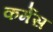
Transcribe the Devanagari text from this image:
कर्मेस